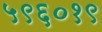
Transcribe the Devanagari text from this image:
५९६०१९